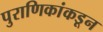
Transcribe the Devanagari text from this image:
पुराणिकांकडून